Indian journal of veterinary science and animal husbandry - Volumes 18-21, 1948-1951
Year: 1948
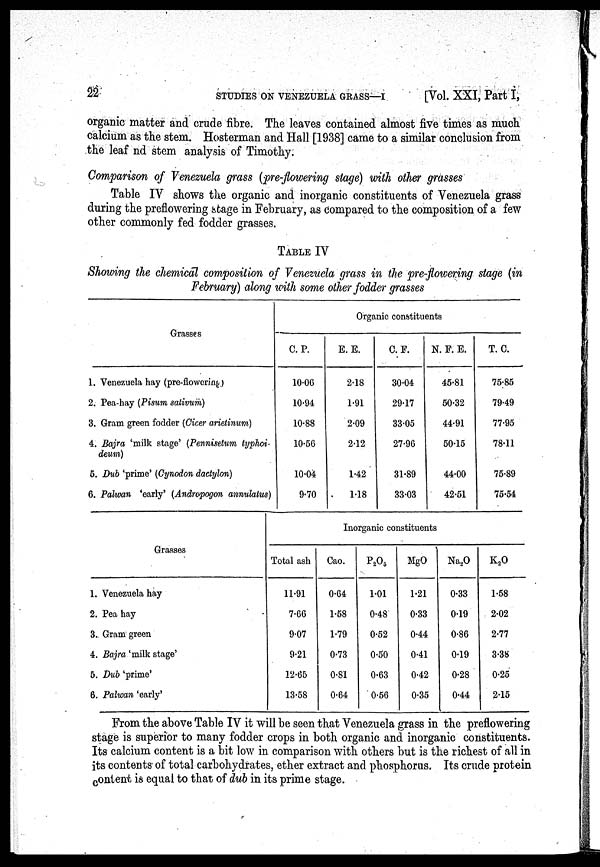
22
STUDIES ON VENEZUELA GRASS—I
[Vol. XXI, Part I,
organic matter and crude fibre. The leaves contained almost five times as much
calcium as the stem. Hosterman and Hall [1938] came to a similar conclusion from
the leaf nd stem analysis of Timothy.
Comparison of Venezuela grass (pre-flowering stage) with other grasses
Table IV shows the organic and inorganic constituents of Venezuela grass
during the preflowering stage in February, as compared to the composition of a few
other commonly fed fodder grasses.
TABLE IV
Showing the chemical composition of Venezuela grass in the pre-flowering stage (in
February) along with some other fodder grasses
Grasses
1. Venezuela hay (pre-flowering)
2. Pea-hay (Pimm sativum)
3. Gram green fodder (Cicer arietinum)
4. Bajra 'milk stage' (Pennisetum typhoi-
deum)
5. Dub 'prime' (Cynodon dactylon)
6. Palwan 'early' (Andropogon annulatus)
Grasses
1. Venezuela hay
2. Pea hay
3. Gram green
4. Bajra 'milk stage'
5. Dub 'prime'
6. Palwan 'early'
Organic constituents
C. P.
10.06
10.94
10.88
10.56
10.04
9.70
E. E.
2.18
1.91
2.09
2.12
1.42
1.18
C. F.
30.04
29.17
33.05
27.96
31.89
33.03
N. F. E.
45.81
50.32
44.91
50.15
44.00
42.51
T. C.
75.85
79.49
77.95
78.11
75.89
75.54
Inorganic constituents
Total ash
11.91
7.66
9.07
9.21
12.65
13.58
Cao.
0.64
1.58
1.79
0.73
0.81
0.64
P 2 O 5
1.01
0.48
0.52
0.50
0.63
0.56
MgO
1.21
0.33
0.44
0.41
0.42
0.35
Na 2 O
0.33
0.19
0.86
0.19
0.28
0.44
K 2 O
1.58
2.02
2.77
3.38
0.25
2.15
From the above Table IV it will be seen that Venezuela grass in the preflowering
stage is superior to many fodder crops in both organic and inorganic constituents.
Its calcium content is a bit low in comparison with others but is the richest of all in
its contents of total carbohydrates, ether extract and phosphorus. Its crude protein
content is equal to that of dub in its prime stage.